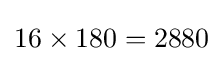
16\times 180=2880